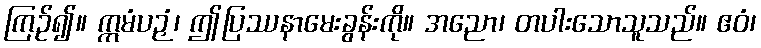
ကြဉ်၍။ ဣမံပဉှံ၊ ဤပြဿနာမေးခွန်းကို။ အညော၊ တပါးသောသူသည်။ ဧဝံ၊